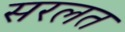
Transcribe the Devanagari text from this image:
सरलत